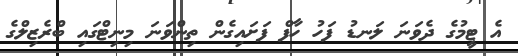
އެ ޓީމުގެ ދެވަނަ ލަނޑު ފަހު ހާފް ފަށައިގެން ތިންވަަނަ މިނިޓްގައި ބްރެޒިލްގެ